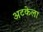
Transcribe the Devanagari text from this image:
अटकेला